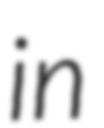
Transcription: in